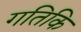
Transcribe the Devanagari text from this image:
गतिकि